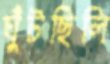
ঘুঁটছিলি